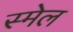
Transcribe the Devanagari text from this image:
स्मेल